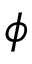
\phi